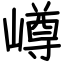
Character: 嶟